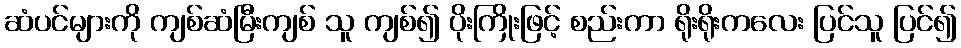
ဆံပင်များကို ကျစ်ဆံမြီးကျစ် သူ ကျစ်၍ ပိုးကြိုးဖြင့် စည်းကာ ရိုးရိုးကလေး ပြင်သူ ပြင်၍